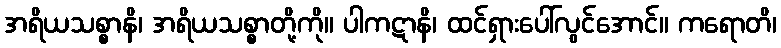
အရိယသစ္စာနိ၊ အရိယသစ္စာတို့ကို။ ပါကဋာနိ၊ ထင်ရှားပေါ်လွင်အောင်။ ကရောတိ၊